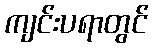
ကျင်းပရာတွင်